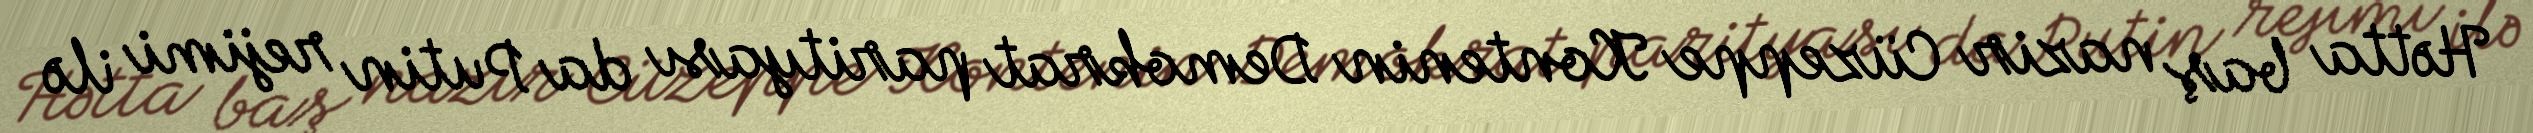
Hətta baş nazir Cüzeppe Kontenin Demokrat parityası da Putin rejimi ilə